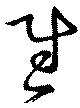
慰